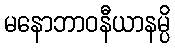
မနောဘာဝနီယာနမ္ပိ